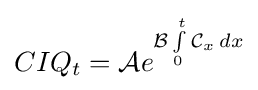
CIQ_{t}={\mathcal {A}}e^{{\mathcal {B}}\int \limits _{0}^{t}{\mathcal {C}}_{x}\,dx}